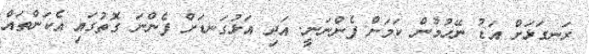
ރަނގަޅަށް އަޑު ނޭހުމުން ކަމަށް ފެންނަނީ. އަދި އަޅުގަނޑަށް ފެންނަ ގޮތުގައި އެކަންތައް